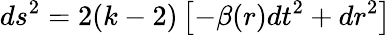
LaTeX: ds^{2}=2(k-2)\left[-\beta(r)dt^{2}+dr^{2}\right]